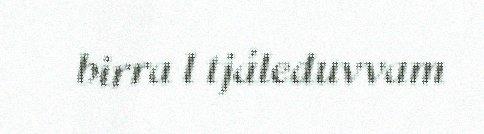
birra l tjáleduvvam